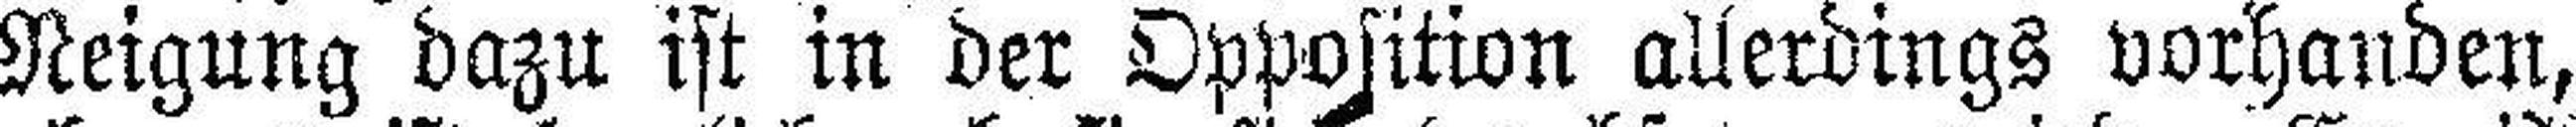
Neigung dazu ist in der Opposition allerdings vorhanden,